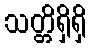
သတ္တိရှိရှိ